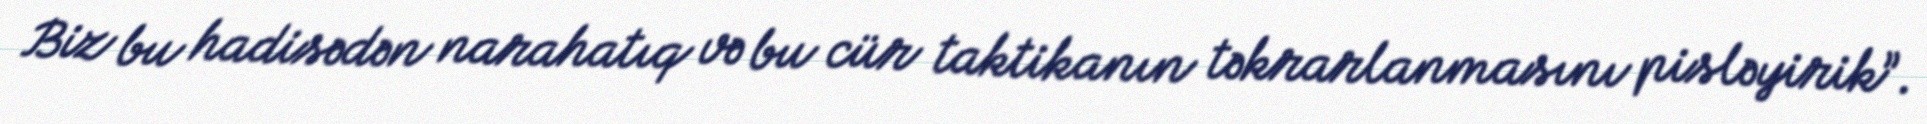
Biz bu hadisədən narahatıq və bu cür taktikanın təkrarlanmasını pisləyirik”.